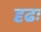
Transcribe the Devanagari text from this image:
दृढः